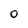
Character: 0